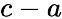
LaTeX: c-a